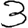
Digit: 3